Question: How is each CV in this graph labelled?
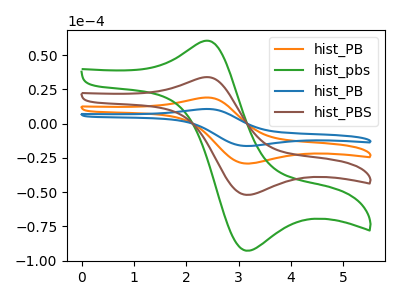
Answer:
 <answer>The orange curve is labeled "hist_PB". The green curve is labeled "hist_pbs". The blue curve is labeled "hist_PB". The brown curve is labeled "hist_PBS".</answer>
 <eval></eval>